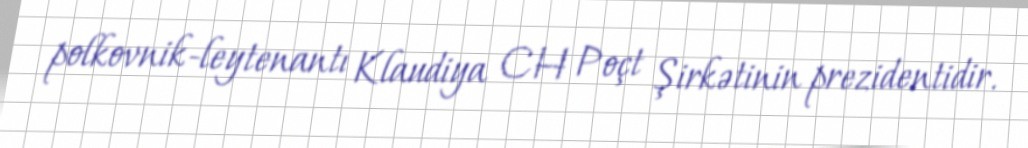
polkovnik-leytenantı Klaudiya CH Poçt Şirkətinin prezidentidir.